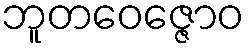
ဘူတဝေဇ္ဇောဝ